Vaccination in the Punjab 1905-1918 - 1905-1918
Year: 1905
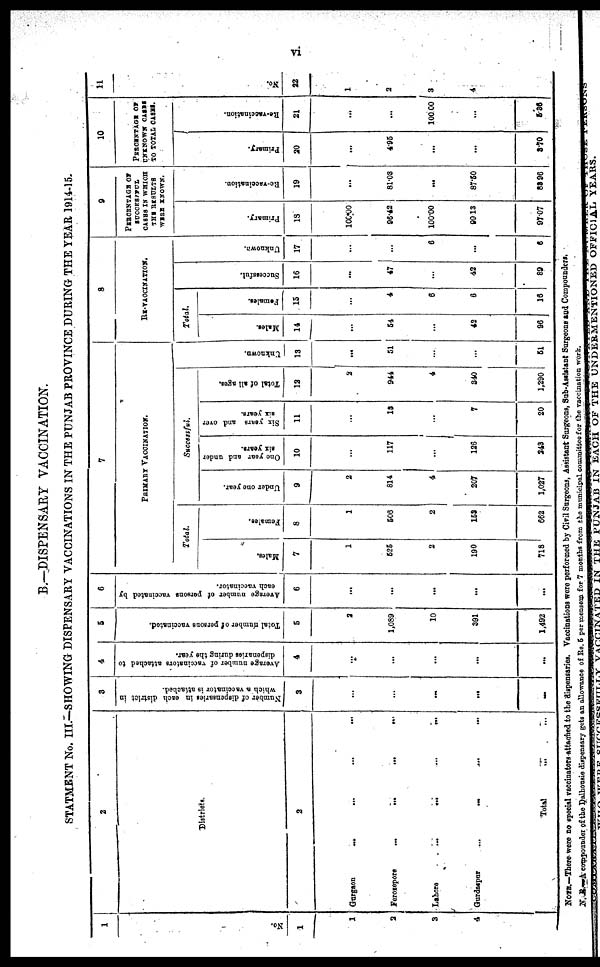
vi
B.—DISPENSARY VACCINATION.
STATMENT No. III.—SHOWING DISPENSARY VACCINATIONS IN THE PUNJAB PROVINCE DURING THE YEAR 1914-15.
1
No.
1
1
2
3
4
2
Districts.
2
Gurgaon ... ... ... ...
Ferozepore
...
...
...
...
Lahore
...
...
...
...
Gurdaspur
...
...
...
...
Total ...
3
Number of dispensaries in each district in
which a vaccinator is attached.
3
...
...
...
...
...
4
Average number of vaccinators attached to
dispenaries during the year.
4
...
...
...
...
...
5
Total number of persons vaccinated.
5
2
1,089
10
391
1,492
6
Average number of persons vaccinated by
each vaccinator.
6
...
...
...
...
...
7
PRIMARY VACCINATION.
Total.
Males.
7
1
525
2
190
718
Females.
8
1
506
2
157
662
Successful.
Under one year.
9
2
814
4
207
1,027
One year and under
six years.
10
...
117
...
126
343
Six years and over
six years.
11
...
13
...
7
20
Total of all ages.
12
2
944
4
340
1,290
Unknown.
13
...
51
...
...
51
8
RE-VACCINATION.
Total.
Males.
14
...
54
...
42
96
Females.
15
...
4
6
6
16
Successful.
16
...
47
...
42
89
Unknown.
17
...
...
6
...
6
9
PERCENTAGE OF
SUCCESSFUL
CASES IN WHICH
THE RESULTS
WERE KNOWN.
Primary.
18
100.00
96.42
100.00
99.13
97.07
Re-vaccination.
19
...
81.03
...
87.50
83.96
10
PERCENTAGE OF
UNKNOWN CASES
TO TOTAL CASES.
Primary.
20
...
4.95
...
...
3.70
Re-vaccination.
21
...
...
100.00
...
5.36
11
No.
22
1
2
3
4
NOTE.—There were no special vaccinators attached to the dispensaries. Vaccinations were performed by Civil Surgeons, Assistant Surgeons, Sub-Assistant Surgeons and Compounders.
N.R.—A compounder of the Dalhousie dispensary gets an allowance of Rs. 5 per mensem for 7 months from the municipal committee for the vaccination work.